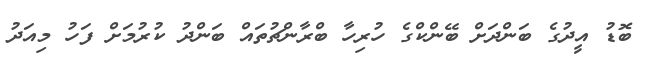
ބޮޑު އީދުގެ ބަންދަށް ބޭންކްގެ ހުރިހާ ބްރާންޗުތައް ބަންދު ކުރުމަށް ފަހު މިއަދު